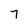
Character: 7